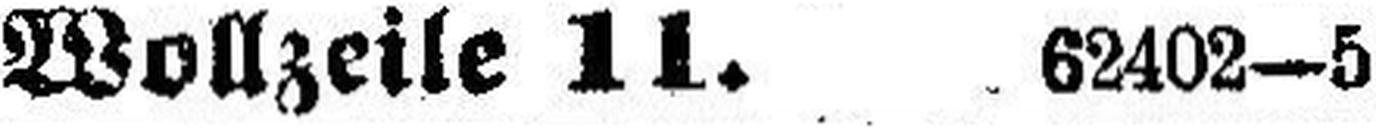
Wollzeile 11. 62402—5